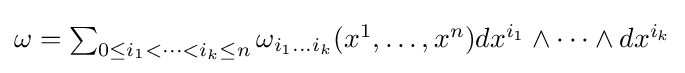
{\textstyle \omega =\sum _{0\leq i_{1}<\dots <i_{k}\leq n}\omega _{i_{1}...i_{k}}(x^{1},\dots ,x^{n})dx^{i_{1}}\wedge \dots \wedge dx^{i_{k}}}